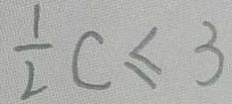
\frac { 1 } { 2 } C \leq 3